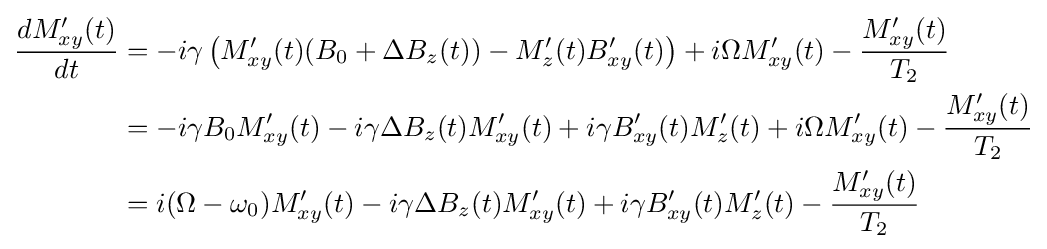
{\begin{aligned}{\frac {dM_{xy}'(t)}{dt}}&=-i\gamma \left(M_{xy}'(t)(B_{0}+\Delta B_{z}(t))-M_{z}'(t)B_{xy}'(t)\right)+i\Omega M_{xy}'(t)-{\frac {M_{xy}'(t)}{T_{2}}}\\&=-i\gamma B_{0}M_{xy}'(t)-i\gamma \Delta B_{z}(t)M_{xy}'(t)+i\gamma B_{xy}'(t)M_{z}'(t)+i\Omega M_{xy}'(t)-{\frac {M_{xy}'(t)}{T_{2}}}\\&=i(\Omega -\omega _{0})M_{xy}'(t)-i\gamma \Delta B_{z}(t)M_{xy}'(t)+i\gamma B_{xy}'(t)M_{z}'(t)-{\frac {M_{xy}'(t)}{T_{2}}}\\\end{aligned}}